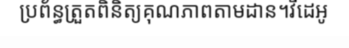
ប្រព័ន្ធត្រួតពិនិត្យគុណភាពតាមដាន។វីដេអូ